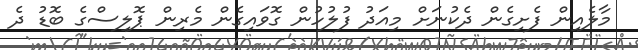
މާލެއިން ފެށިގެން ދެކުނަށް މިއަދު ފުލުހުން ގޮވައިގެން މެރިން ޕޮލިސްގެ ބޮޑު ދެ